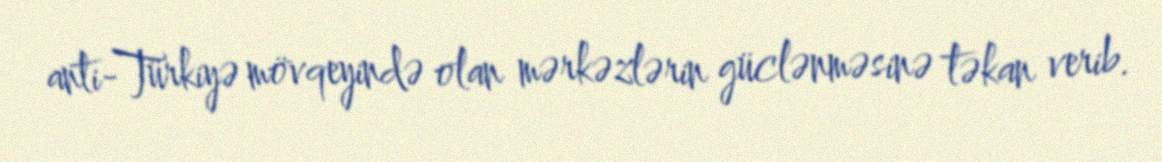
anti-Türkiyə mövqeyində olan mərkəzlərin güclənməsinə təkan verib.